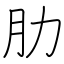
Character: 肋